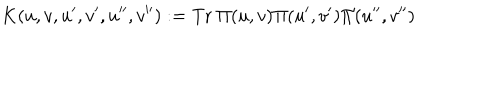
LaTeX: K ( u , v , u ^ { \prime } , v ^ { \prime } , u ^ { \prime \prime } , v ^ { \prime \prime } ) : = \mathrm { T r } ~ \Pi ( u , v ) \Pi ( u ^ { \prime } , v ^ { \prime } ) \Pi ( u ^ { \prime \prime } , v ^ { \prime \prime } )